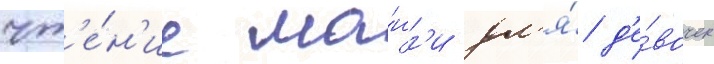
чт'е́н'ие ма́нг'и дл'я́ д'е́вочек